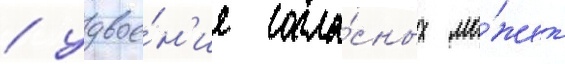
/ удвое́н'ие согла́сных мо́жет